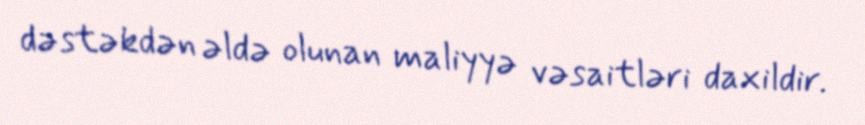
dəstəkdən əldə olunan maliyyə vəsaitləri daxildir.